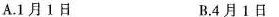
A.1月1日 B.4月1日